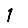
Digit: 1